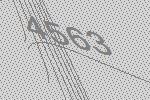
4563